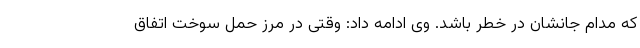
که مدام جانشان در خطر باشد. وی ادامه داد: وقتی در مرز حمل سوخت اتفاق